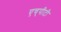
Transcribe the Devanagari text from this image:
एच्‌पीटी